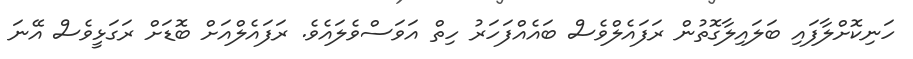
ހަނިކޮށްލާފައި ބަލައިލާގޮތުން ރަފައެލްވެސް ބައެއްފަހަރު ހިތް އަވަސްވެލައެވެ. ރަފައެލްއަށް ބޮޑަށް ރަގަޅީވެސް އޭނަ